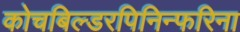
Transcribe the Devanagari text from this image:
कोचबिल्डरपिनिन्फरिना